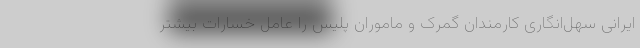
ایرانی سهل‌انگاری کارمندان گمرک و ماموران پلیس را عامل خسارات بیشتر